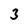
Character: 3